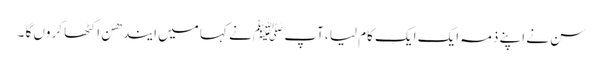
سن نے اپنے ذمہ ایک ایک کام لیا ،آپ ﷺ نے کہا میں ایندھن اکٹھا کروں گا ۔